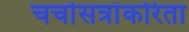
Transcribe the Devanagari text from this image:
चर्चासत्रांकरिता